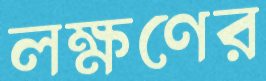
লক্ষণের